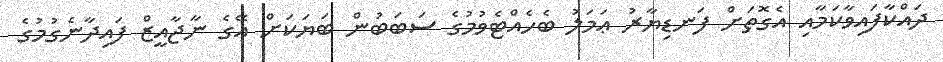
ދައްކާފައިވާކަމާއި އެގޮތަށް ފަނޑިޔާރު ޢަމަލު ބެހެއްޓެވުމުގެ ސަބަބުން ބަޔަކަށް އޭގެ ނާޖާއީޒް ފައިދާނެގުމުގެ